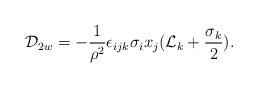
LaTeX: \begin{align*}{\cal D}_{2w} = - {\frac{1}{{\rho}^{2}}} {\epsilon}_{i j k} {\sigma}_{i} x_{j} ( {\cal L}_{k} +\frac{{\sigma}_{k}}{2} ).\end{align*}